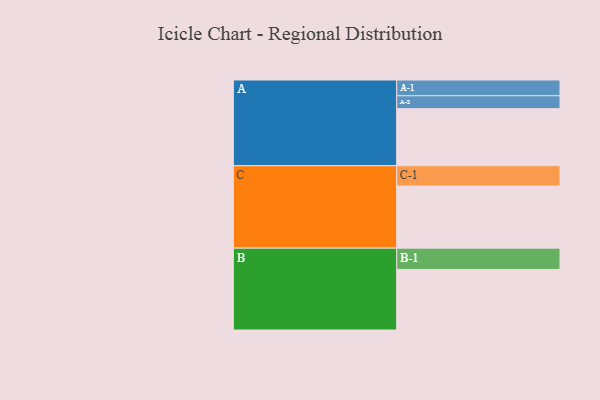
{"axis": {"x": "Segment", "y": "Value"}, "legend": ["", "A", "B", "C"], "data": [{"x": "A", "y": 517, "type": ""}, {"x": "B", "y": 549, "type": ""}, {"x": "C", "y": 563, "type": ""}, {"x": "A-1", "y": 143, "type": "A"}, {"x": "A-2", "y": 117, "type": "A"}, {"x": "B-1", "y": 193, "type": "B"}, {"x": "C-1", "y": 184, "type": "C"}]}